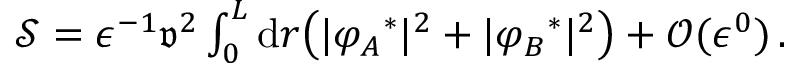
\begin{array} { r } { \mathcal { S } = \epsilon ^ { - 1 } \mathfrak { v } ^ { 2 } \int _ { 0 } ^ { L } \mathrm { d } r \big ( \vert { \varphi _ { A } } ^ { * } \vert ^ { 2 } + \vert { \varphi _ { B } } ^ { * } \vert ^ { 2 } \big ) + \mathcal { O } ( \epsilon ^ { 0 } ) \, . } \end{array}